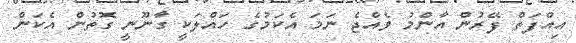
އިއްފަތް ފޭރުން އާންމު ވެއްޖެ ނަމަ އެކަމުގެ ހައްލަކީ ގާނޫނީ ގޮތުން އެކަން